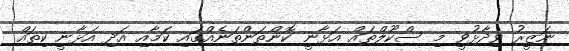
ނަޒީރު ވިދާޅުވީ މި ސްކޫލްތައް އަޅާނީ ކޮންތަންތަނެއްގައި ކަމާއި އަދި އަޅާނީ ކިތައް